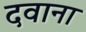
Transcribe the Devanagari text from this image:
दवाना